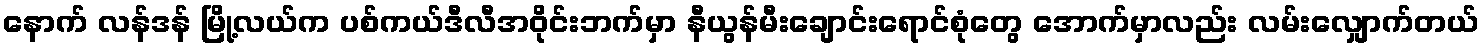
နောက် လန်ဒန် မြို့လယ်က ပစ်ကယ်ဒီလီအဝိုင်းဘက်မှာ နီယွန်မီးချောင်းရောင်စုံတွေ အောက်မှာလည်း လမ်းလျှောက်တယ်